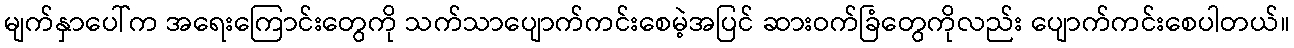
မျက်နှာပေါ်က အရေးကြောင်းတွေကို သက်သာပျောက်ကင်းစေမဲ့အပြင် ဆားဝက်ခြံတွေကိုလည်း ပျောက်ကင်းစေပါတယ်။